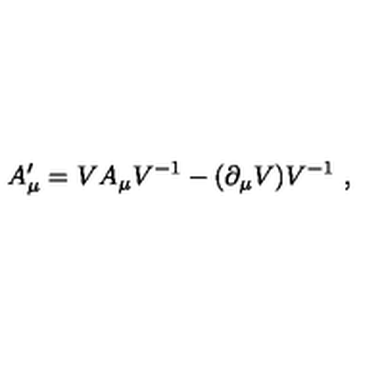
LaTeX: A _ { \mu } ^ { \prime } = V A _ { \mu } V ^ { - 1 } - ( \partial _ { \mu } V ) V ^ { - 1 } \ ,